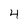
Character: 4